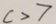
c > 7